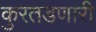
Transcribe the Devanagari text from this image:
कुरतडणारी